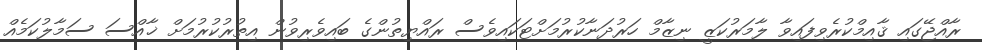
ރާއްޖޭގައި ޤާއިމްކުރެވިފައިވާ ލާމަރުކަޒީ ނިޒާމް ހަރުދަނާކުރުމަށްޓަކައިވެސް ރައްޔިތުންގެ ބައިވެރިވުން އިތުރުކުރުމަށް ޚާއްސަ ސަމާލުކަމެއް